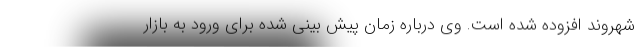
شهروند افزوده شده است. وی درباره زمان پیش بینی شده برای ورود به بازار